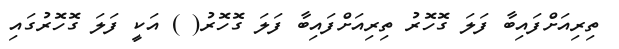
ތިރިއަށްފައިބާ ފަލަ ގޮހޮރު ތިރިއަށްފައިބާ ފަލަ ގޮހޮރު( ) އަކީ ފަލަ ގޮހޮރުގައި